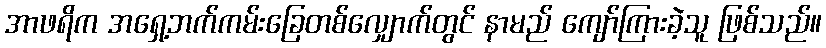
အာဖရိက အရှေ့ဘက်ကမ်းခြေတစ်လျှောက်တွင် နာမည် ကျော်ကြားခဲ့သူ ဖြစ်သည်။